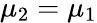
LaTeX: \mu_{2}=\mu_{1}